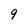
Character: 9